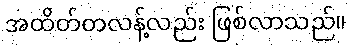
အထိတ်တလန့်လည်း ဖြစ်လာသည်။